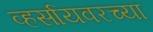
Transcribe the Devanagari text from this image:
व्हर्सायवरच्या